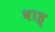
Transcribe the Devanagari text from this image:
वाह्‌